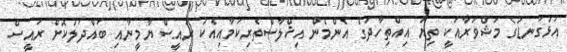
އަޅުގަނޑުގެ މަޝްވަރާއަކީ ތިޔަ އިއްތިހާދުގެ އެންމެން އިޚްލާސްތެރިކަމާއިއެކު ރައީސް ޔާމީނާއި ބައްދަލުކޮށް ރައީސް